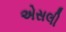
એસલી